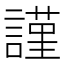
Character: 𧫴